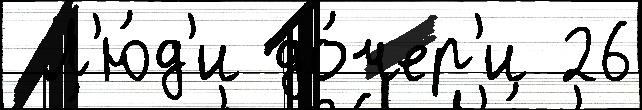
 Л'ю́д'и до́чер'и 26